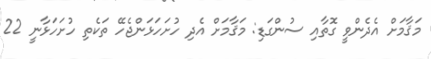
މަޤާމަށް އެދެންވީ ގޮތާއި ސުންގަޑި: މަޤާމަށް އެދި ހުށަހަޅަންޖެހޭ ތަކެތި ހުށަހަޅާނީ 22